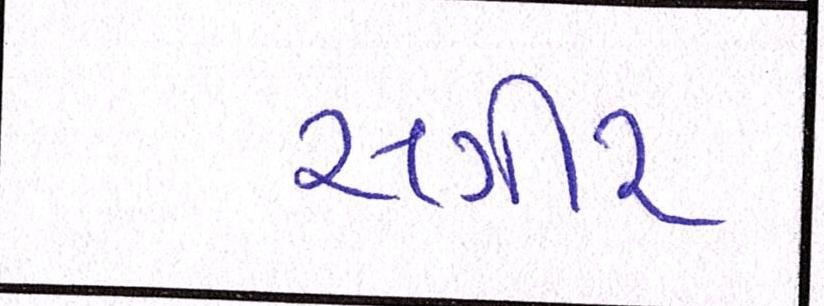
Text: સગીર